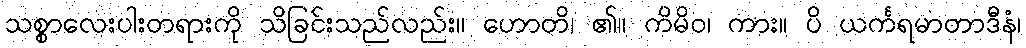
သစ္စာလေးပါးတရားကို သိခြင်းသည်လည်း။ ဟောတိ၊ ၏။ ကိမိဝ၊ ကား။ ပိ ယင်္ကရမာတာဒီနံ၊